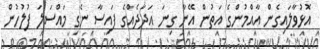
އޮޅުވާލައިގެން އާއްމުންގެ އަތުން އޭނާ ގިނަ އަދަދެއްގެ ފައިސާ ނެގި މައްސަލަ ފުލުހުން